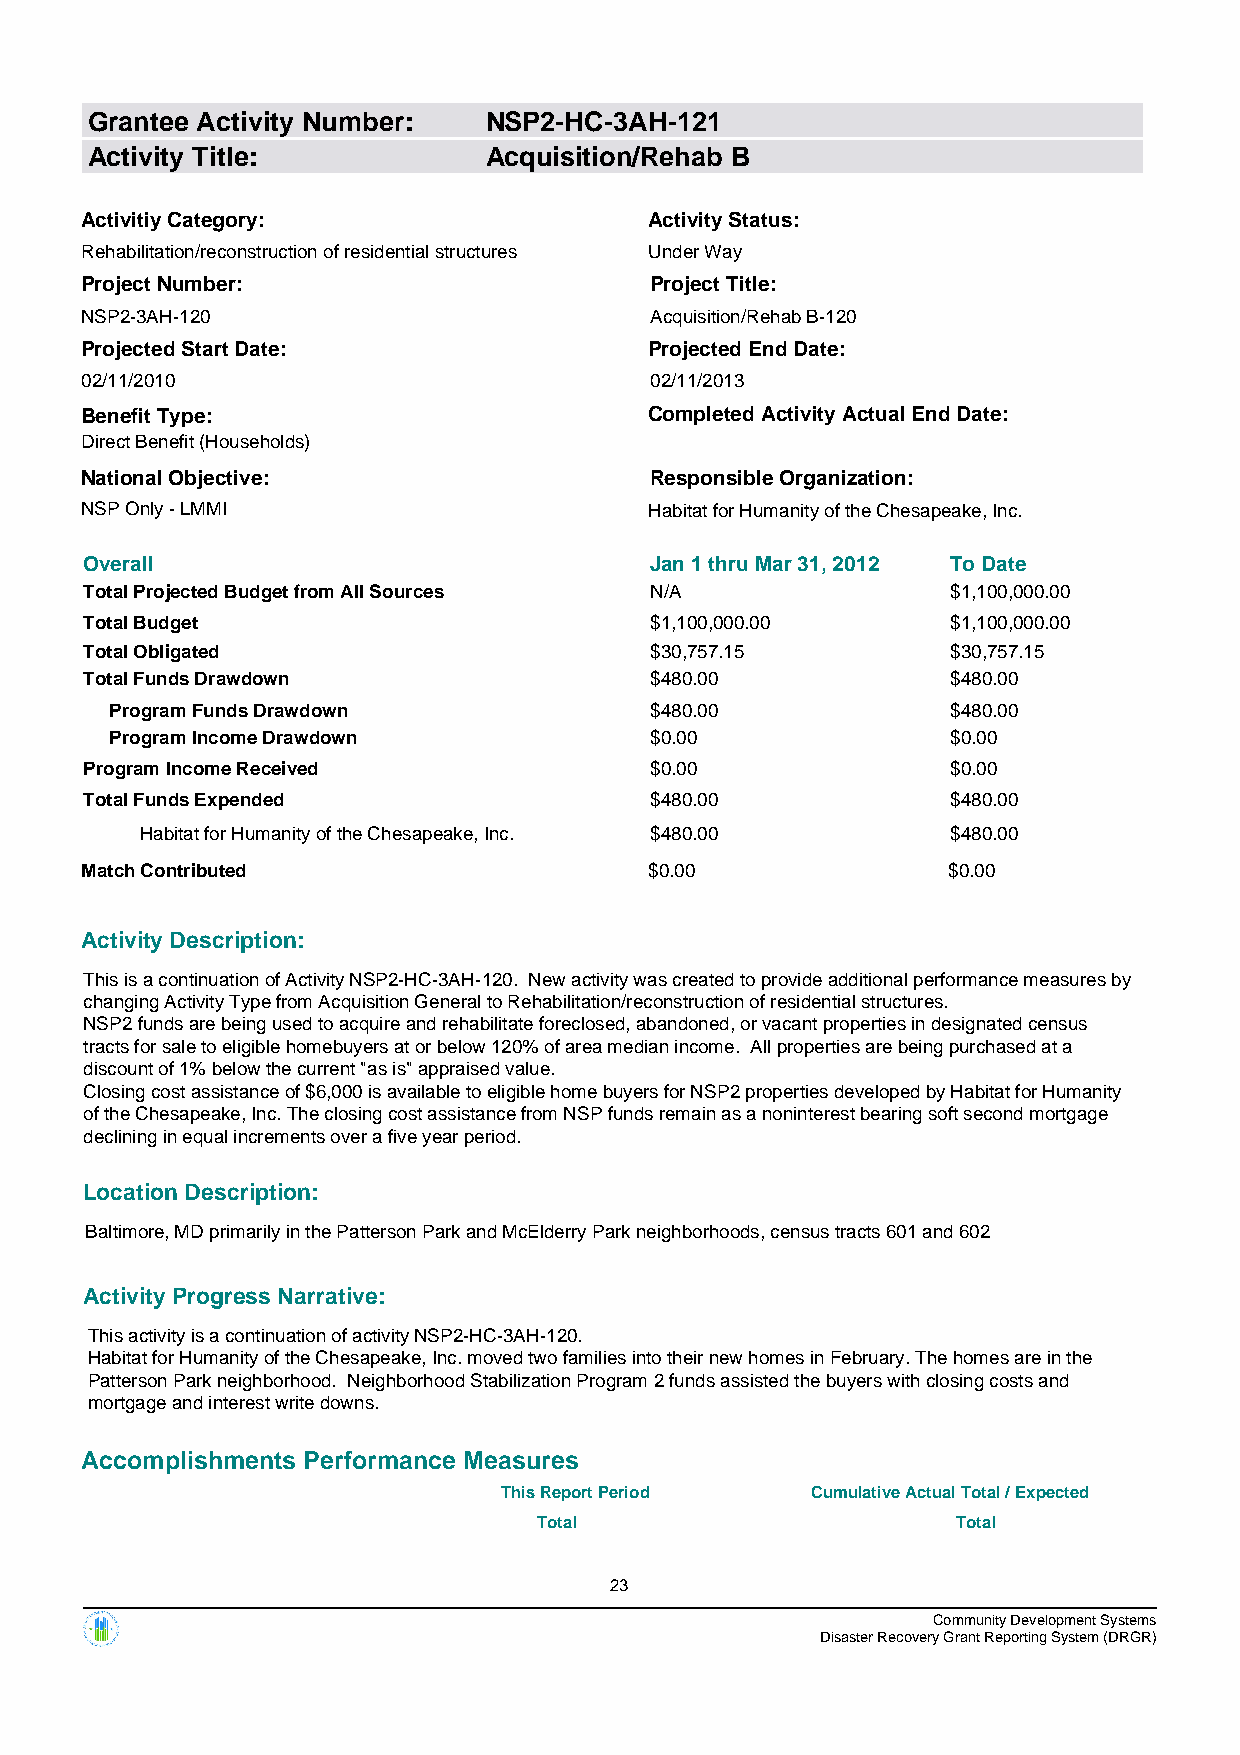
Grantee Activity Number:  NSP2-HC-3AH-121
 Activity Title:           Acquisition/Rehab B
 Activitiy Category:                   Activity Status:
 Rehabilitation/reconstruction of residential structures Under Way
 Project Number:                       Project Title:
 NSP2-3AH-120                          Acquisition/Rehab B-120
 Projected Start Date:                 Projected End Date:
 02/11/2010                            02/11/2013
 Benefit Type:                         Completed Activity Actual End Date:
 Direct Benefit (Households)
 National Objective:                   Responsible Organization:
 NSP Only - LMMI                       Habitat for Humanity of the Chesapeake, Inc.
 Overall                              Jan 1 thru Mar 31, 2012 To Date
 Total Projected Budget from All Sources N/A              $1,100,000.00
 Total Budget                         $1,100,000.00       $1,100,000.00
 Total Obligated                      $30,757.15          $30,757.15
 Total Funds Drawdown                 $480.00             $480.00
 Program Funds Drawdown              $480.00             $480.00
 Program Income Drawdown             $0.00               $0.00
 Program Income Received              $0.00               $0.00
 Total Funds Expended                 $480.00             $480.00
 Habitat for Humanity of the Chesapeake, Inc. $480.00  $480.00
 Match Contributed                     $0.00               $0.00
 Activity Description:
 This is a continuation of Activity NSP2-HC-3AH-120. New activity was created to provide additional performance measures by
 changing Activity Type from Acquisition General to Rehabilitation/reconstruction of residential structures.
 NSP2 funds are being used to acquire and rehabilitate foreclosed, abandoned, or vacant properties in designated census
 tracts for sale to eligible homebuyers at or below 120% of area median income. All properties are being purchased at a
 discount of 1% below the current "as is" appraised value.
 Closing cost assistance of $6,000 is available to eligible home buyers for NSP2 properties developed by Habitat for Humanity
 of the Chesapeake, Inc. The closing cost assistance from NSP funds remain as a noninterest bearing soft second mortgage
 declining in equal increments over a five year period.
 Location Description:
 Baltimore, MD primarily in the Patterson Park and McElderry Park neighborhoods, census tracts 601 and 602
 Activity Progress Narrative:
 This activity is a continuation of activity NSP2-HC-3AH-120.
 Habitat for Humanity of the Chesapeake, Inc. moved two families into their new homes in February. The homes are in the
 Patterson Park neighborhood. Neighborhood Stabilization Program 2 funds assisted the buyers with closing costs and
 mortgage and interest write downs.
 Accomplishments Performance Measures
 This Report Period   Cumulative Actual Total / Expected
 Total                      Total
 23
 Community Development Systems
 Disaster Recovery Grant Reporting System (DRGR)